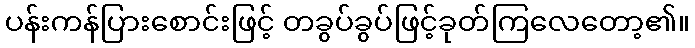
ပန်းကန်ပြားစောင်းဖြင့် တခွပ်ခွပ်ဖြင့်ခုတ်ကြလေတော့၏။